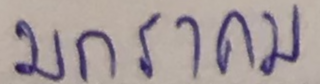
มกราคม